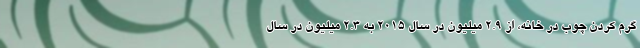
گرم کردن چوب در خانه، از ۲.۹ میلیون در سال ۲۰۱۵ به ۲.۳ میلیون در سال